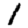
Digit: 1